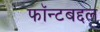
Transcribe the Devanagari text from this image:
फॉन्टबद्दल